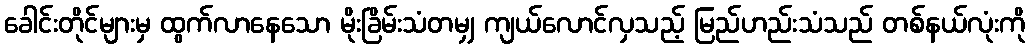
ခေါင်းတိုင်များမှ ထွက်လာနေသော မိုးခြိမ်းသံတမျှ ကျယ်လောင်လှသည့် မြည်ဟည်းသံသည် တစ်နယ်လုံးကို